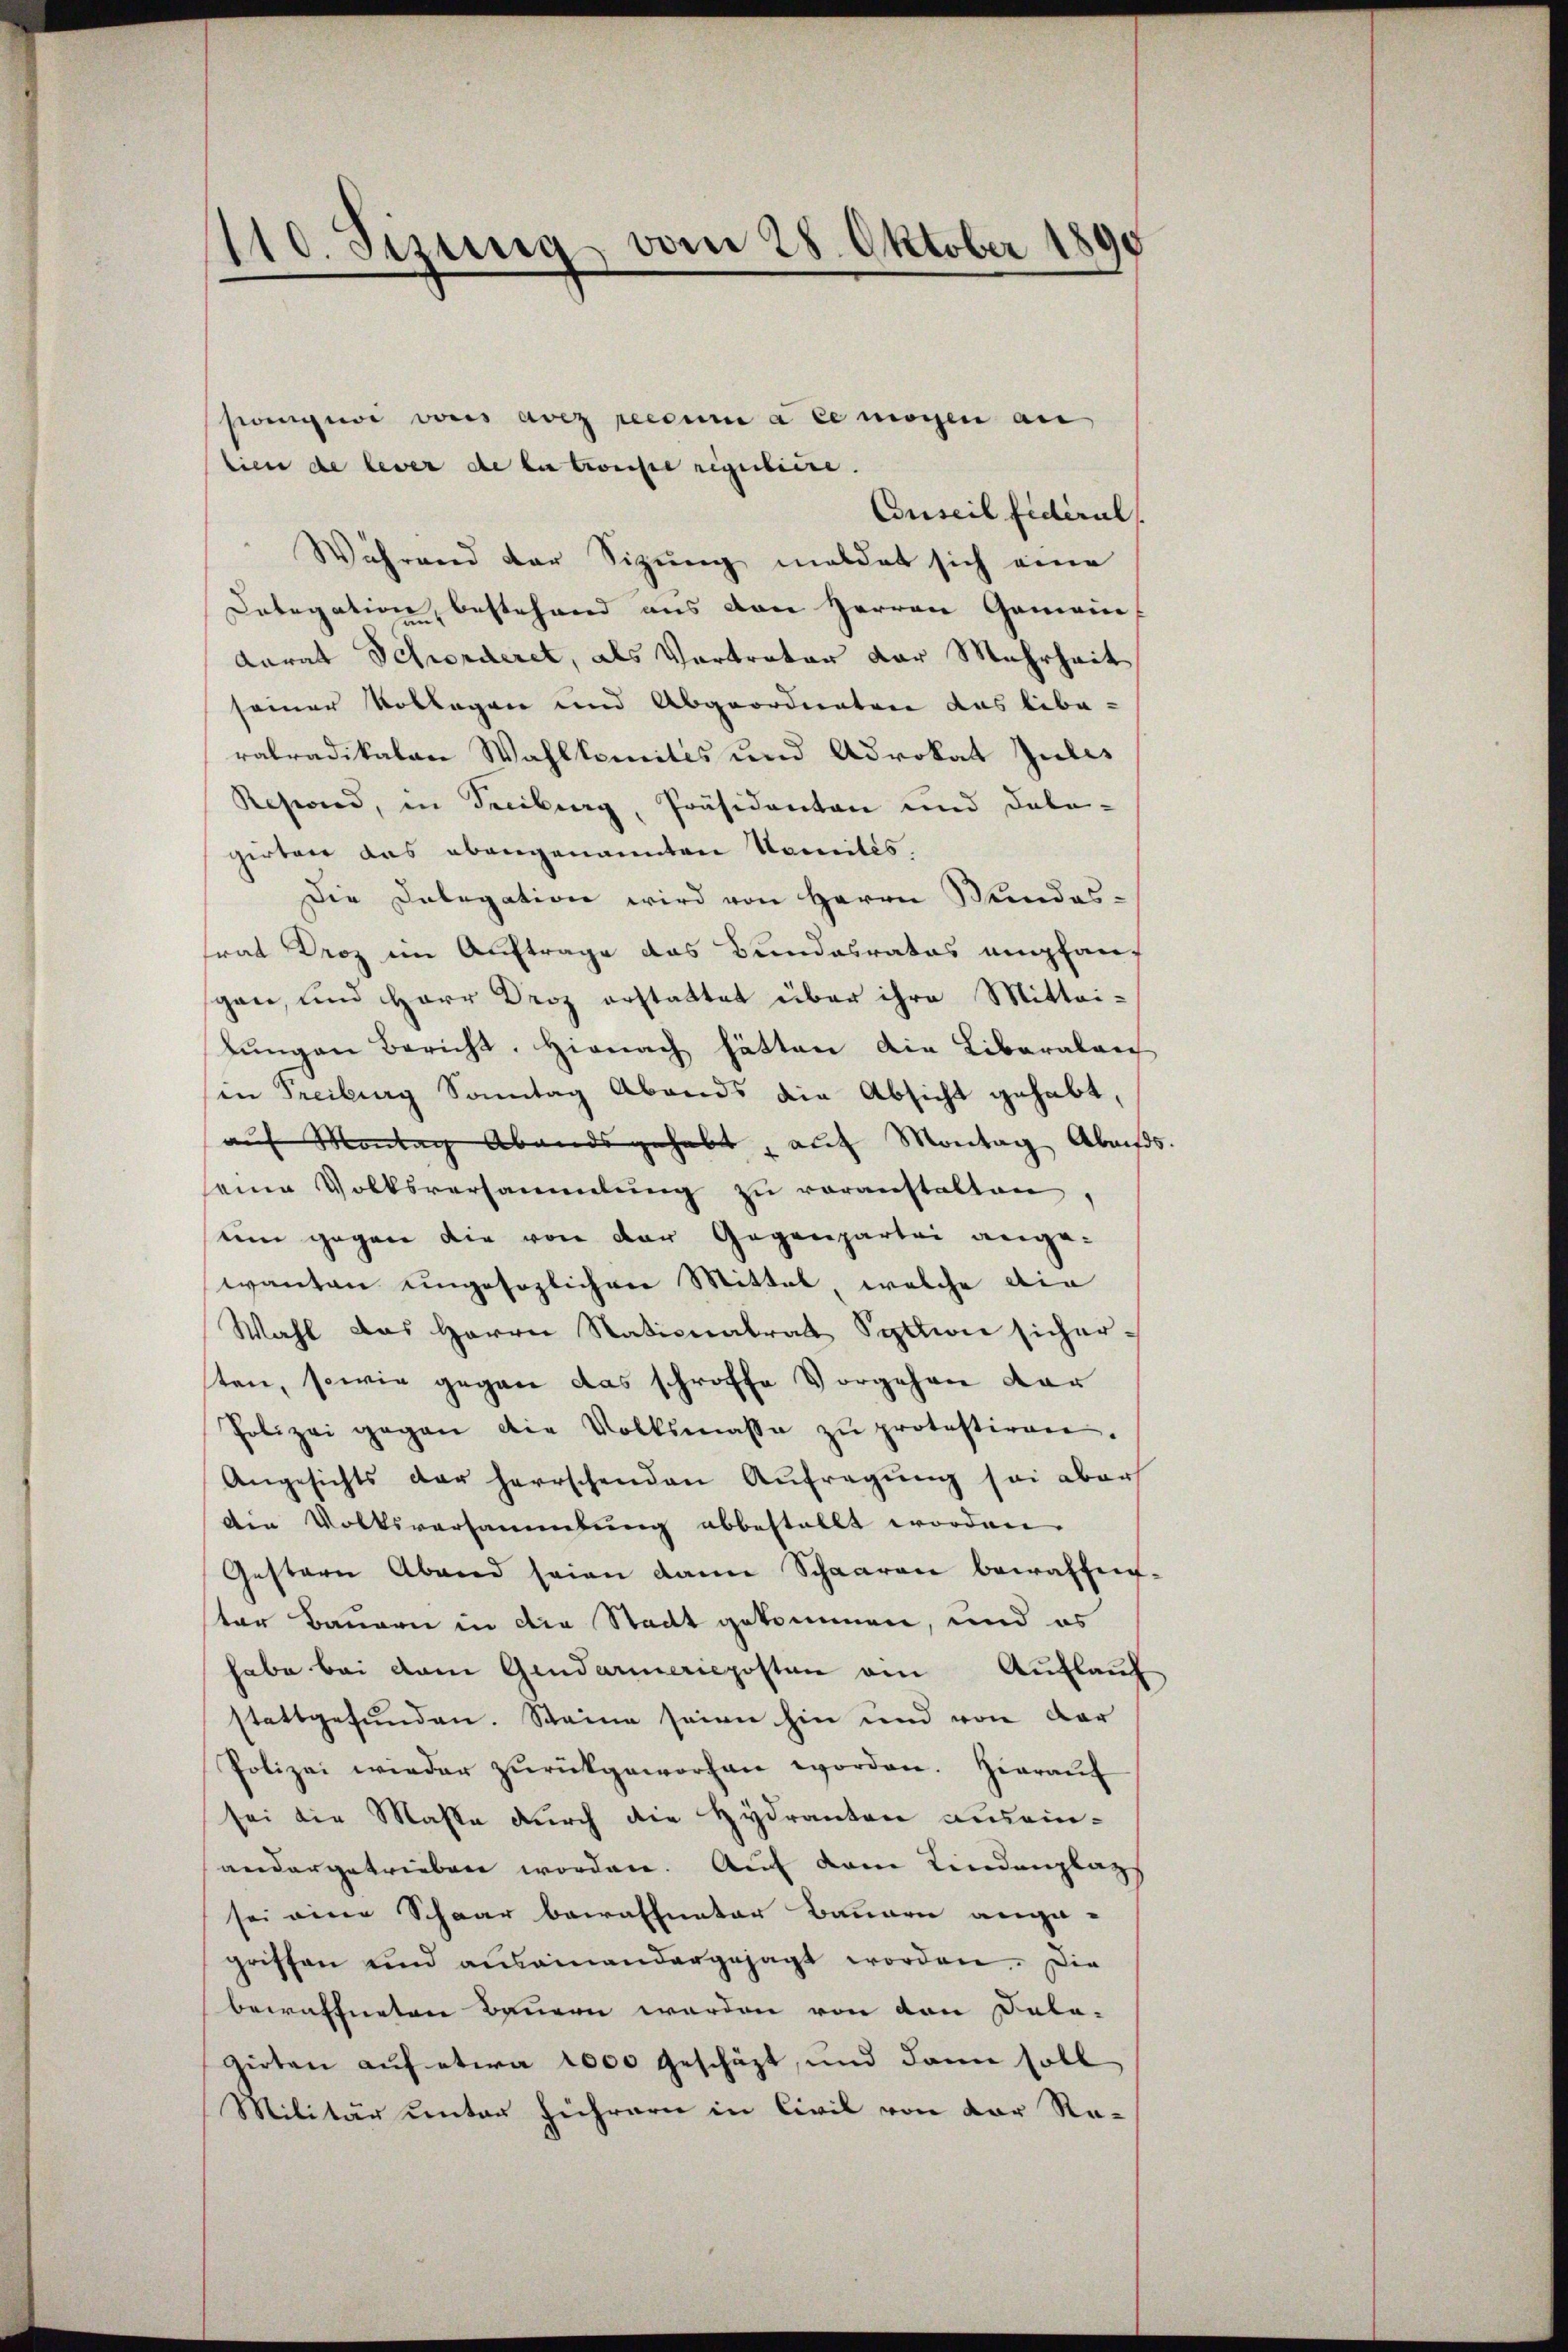
110. Jezung vom 28. Oktober 1890

sangewi vns avez recoure à ce mögen au
lien de lever de la boniste reguliere.
Conseil fiderul
Während der Sizung meldet sich eine
Categation, bestehend ans von Herren Gemein-
Karat Schorderet, als Vertrator der Mehrheit
seiner Vollegen und Abgeordenten das libe-
ratradikalen Wahlkomites und Advokat Julis
Resind, in Treiburg, Präsidenten und dabe-
girten das ebengenannten Komités,
Die Delegation wird von Herrn Mundes-
frat Droz im Auftrage das Bundesrates empfauf
sgan, und Herr Droz erstattet über ihre Mittei-
lŭngen Bericht. Hienach hätten die Liberalen
(in Freiburg Sonntag Abends die Absicht gehabt,
auf Montag Abends gehabt, auf Montag Abeiss.
seine Volksversammlung zŭ veranstalten,
sum gegen die von der Gegenpartei ange-
wanten ungesezlichene Mittel, welche die
Wahl das Herrn Nationalrat Syttion sicher-
sten, sowie gegen das schroffe Vorgehen dar
Polizei gegen die Volksmasse zŭ protestiren.
Angesichts der herrschenden Aufregung sei aber
Die Volksversammlung abbestellt worden.
Gestern Abend seien dann Schaaren bewaffent-
ter Bauern in die Stadt gekommen, und es
habe bei dem Gendarmerieposten am Auflauf
stattgefunden. Steine seien hin und von der
Polizei wieder zŭrückgeworfen worden. Hieraŭf
sei die Masse durch die Hydranten auseinandergetrieben worden. Auf dem Lindanlags
sei eine Schaar bewaffneter Bauern ange-
griffen und auseinandergesagt worden. Die
bewaffneten Bauern werden von den Dala-
zirten auf etwa 1000 geschäzt, und dann soll
Militär unter führern in Civil von der Re-